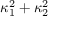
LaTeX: \kappa _ { 1 } ^ { 2 } + \kappa _ { 2 } ^ { 2 }